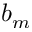
b _ { m }